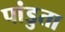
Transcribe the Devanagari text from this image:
पांडुता